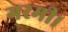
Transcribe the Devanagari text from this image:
गरमी।